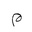
Letter: _mim